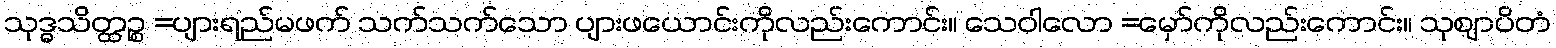
သုဒ္ဓသိတ္ထဉ္စ =ပျားရည်မဖက် သက်သက်သော ပျားဖယောင်းကိုလည်းကောင်း။ သေဝါလော =မှော်ကိုလည်းကောင်း။ သုဈာပိတံ